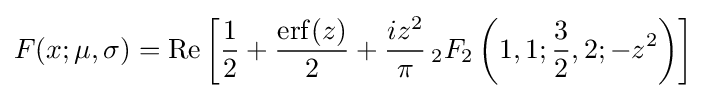
F(x;\mu ,\sigma )=\operatorname {Re} \left[{\frac {1}{2}}+{\frac {\operatorname {erf} (z)}{2}}+{\frac {iz^{2}}{\pi }}\,_{2}F_{2}\left(1,1;{\frac {3}{2}},2;-z^{2}\right)\right]